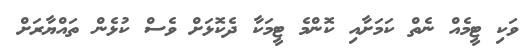
ވަކި ޓީމެއް ނެތް ކަމަށާއި ކޮންމެ ޓީމަކާ ދެކޮޅަށް ވެސް ކުޅެން ތައްޔާރަށް